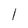
Character: 1